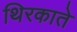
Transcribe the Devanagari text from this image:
थिरकाते